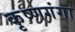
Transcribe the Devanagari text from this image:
कृष्णगंगा